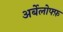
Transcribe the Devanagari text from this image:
अर्बेलोफ्फ़